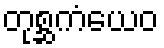
တုစ္ဆကံယေဝ